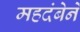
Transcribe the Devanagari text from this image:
महदंबेने